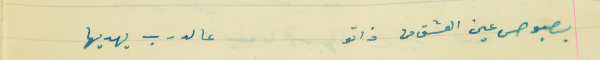
بصبوص عين العشق من ذاتو                                                   عالدرب يهديها